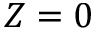
Z = 0